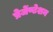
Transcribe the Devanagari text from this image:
प्रेजेंण्टेशन